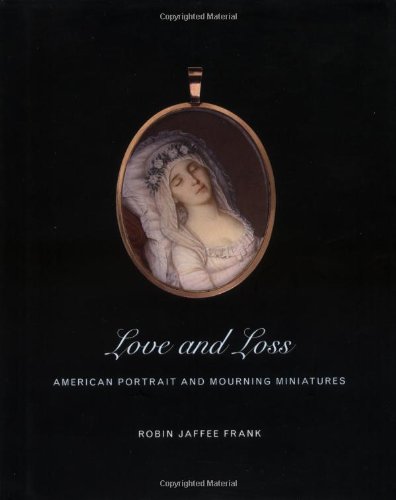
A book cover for Love and Loss: American Portrait and Mourning Miniatures (Yale University Art Gallery); Ms. Robin Jaffe Frank; Arts & Photography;